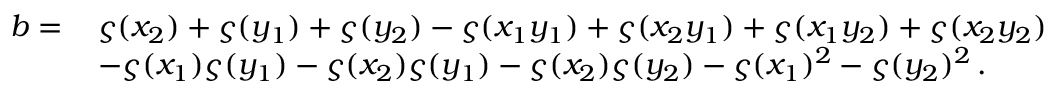
\begin{array} { r l } { b = \, } & { \varsigma ( x _ { 2 } ) + \varsigma ( y _ { 1 } ) + \varsigma ( y _ { 2 } ) - \varsigma ( x _ { 1 } y _ { 1 } ) + \varsigma ( x _ { 2 } y _ { 1 } ) + \varsigma ( x _ { 1 } y _ { 2 } ) + \varsigma ( x _ { 2 } y _ { 2 } ) } \\ & { - \varsigma ( x _ { 1 } ) \varsigma ( y _ { 1 } ) - \varsigma ( x _ { 2 } ) \varsigma ( y _ { 1 } ) - \varsigma ( x _ { 2 } ) \varsigma ( y _ { 2 } ) - \varsigma ( x _ { 1 } ) ^ { 2 } - \varsigma ( y _ { 2 } ) ^ { 2 } \, . } \end{array}